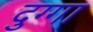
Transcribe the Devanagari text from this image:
दुग्गा